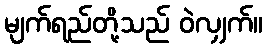
မျက်ရည်တို့သည် ဝဲလျှက်။